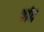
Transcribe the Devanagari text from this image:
वांद